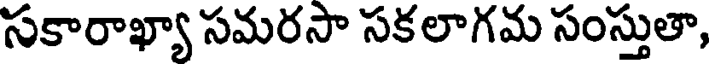
సకారాఖ్యా సమరసా సకలాగమ సంస్తుతా,